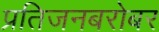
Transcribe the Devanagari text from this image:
प्रतिजनबरोबर